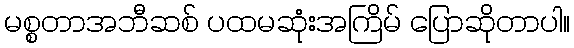
မစ္စတာအဘီဆစ် ပထမဆုံးအကြိမ် ပြောဆိုတာပါ။